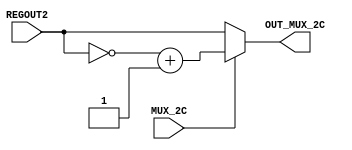
//E/16/078
//mux to check whether regout2 or 2s complement to be output

 `timescale  1ns/100ps

module mux_2scomplement (REGOUT2, MUX_2C, OUT_MUX_2C);

	//port declaration
	input [7:0]REGOUT2;
	input MUX_2C;
	
	output [7:0]OUT_MUX_2C;
	
	//specify output to a register
	reg [7:0]OUT_MUX_2C;
	

	//check output
	always @(REGOUT2,MUX_2C)
	begin
	
		//output regout
		if (MUX_2C == 1'b0)
			begin
				OUT_MUX_2C = REGOUT2;
			end
		
		//output 2s complement (invert all bits+1)	
		else
			begin
				#1	//2s complement unit latency
				OUT_MUX_2C = ~REGOUT2 +1;
			end
		end
	
	
	
endmodule